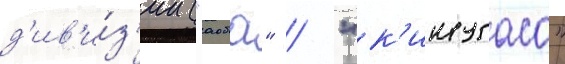
д'ив'и́з'ии ("аоба" / "к'инугаса"